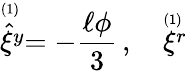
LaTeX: \stackrel{\scriptscriptstyle(1)\, }{\hat{\xi}^{y}}=-{\frac{\ell\phi}{3}}\, ,\quad\stackrel{\scriptscriptstyle(1)\, }{\xi^{r}}